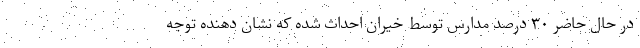
در حال حاضر ۳۰ درصد مدارس توسط خیران احداث شده که نشان دهنده توجه